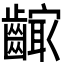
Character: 𱌣